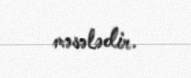
məsələdir.